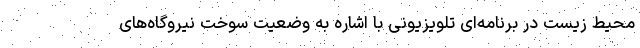
محیط زیست در برنامه‌ای تلویزیونی با اشاره به وضعیت سوخت نیروگاه‌های